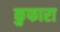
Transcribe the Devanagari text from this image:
कुफारा